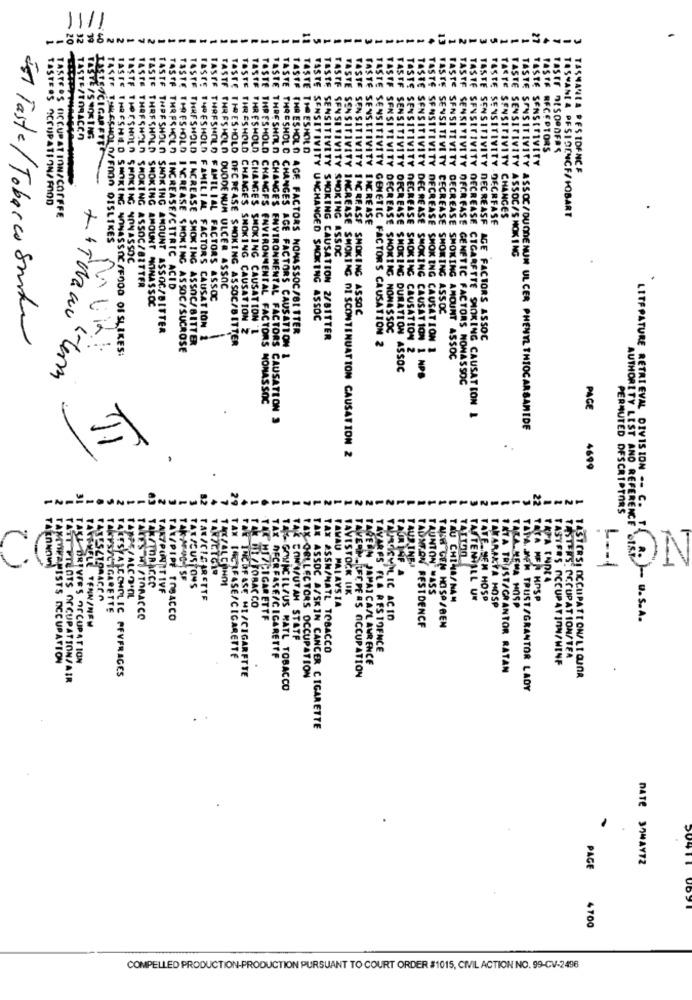
11/1
TASTE/TOBACCO
RECEPTO
HOESHOLD
SENSITIVITY
SENSITIVITY
SSMANLA RESIDENCE
TASTERS OCCUPATION/ FOOD
ISWANIA PFSIDENCF/HOBART
TASTERS HICCUPAT INN/COFFFE
SENSITIVITY DECRFASE
CHANGES
REASE
HOESHOLD SMOKING InYASSDE
ASSOC
SENSITIVITY ASSOC/SMOKING
THRESHOLD SMOKING ASSOC/BITTER
HRFSHCLO INCREASE/CITRIC ACID
DUODENUM ULCER ASSOC
THRESHOLD SMOKING AMOUNT MINASSOC
FSHOLD FAMILIAL FACTORS ASSOC
SMOKING ASSOC
+ + Torano
HANGED SMOKING ASSOC
SENSITIVITY CECREASE SMOKING ASSOC
THRESHOLD SMOKING AMOUNT ASSOC/BITTER
CHANGES SMOKING CAUSATION Z
LD CHANGES SMOKING CAUSATION 'L
E FACTORS NONASSOC/BL TTER
DECREASE SMOKING NOWASSOC
Est Taste/Tobacco Santa
FAMILIAL FACTORS CAUSATION 1
OLD OFCREASE SMOKING ASSOC/BITTER
NG CAUSATION 2/81TTER
GENETIC FACTORS CAUSATION 2
SENSITIVITY DECREASE AGE FACTORS ASSOC
TASTE THRESHOLD/FROM DISLIKES RALia !.
HRESHED SMOKING NONASSOC/FOOD OF SLIKES:
MRESHOLD INCREASE SMOKING ASSOC/SUCROSE
THRESHOLD INCREASE SMOKING ASSOC/BITTER
CHANGES AGE FACTORS CAUSATION
VITY DECREASE SMOKING CAUSATION 1
DECREASE SMOKING CAUSATION 2
SENSITIVITY DECREASE SMOKING AMOUNT ASSOC
term
OFCREASE SMOKING DURATION ASSOC
TY DECREASE SMOKING CAUSATION 1 NPS
SENSITIVITY DECREASE GENETIC FACTORS NONASSOC
CHANGES ENVIRONMENTAL FACTORS NONASSOC
PAGE
LO CHANGES ENVIRONMENTAL FACTORS CAUSATION .
SENSITIVITY DECREASE CIGARETTE SINKING CAUSATION I
TE SENSITIVITY ASSOC/DUODENUM UL CER PHENYL THIOCARSAMIDE
,
SE SMOKING DI SCONTINUATION CAUSATION 2
4699
31
PUN ---------
5
1
2
3
PERMUTED DESCRIPTORS
LITERATURE RETRIEVAL DIVISION -- C. R.
C
TAUR IAF
TAURINE.J
TATTOO
L -- 1
TAK/TOBACCO
TAKYPOSITIVE
TAXICUSTOMS
TAUNTON MASS
TAPA INDIA
TAXESCTORACCO
TARPE/ALCOOL
TAK/CIGARETTE
TAVISTOCK LIK
TAU CHINA/NAN
TASTENTILL UN
TATE .. SEM HOSO
TATA MER HOSP
TAKKYSSCIGARETTE
TAK DIE /TOBAC CO
FAMAU MALAYSIA
TAKARAKYA HOSP
TARA.HEMA HOSP
TAKES HISTORACCO
TAR/PIPE TOBACCO
TAK HI 7CIGAR ETTE
FAPRACYML IC ACID
AUTHORITY LIST AND REFERENCE OFF - U.S.A.
TAVSHELL TENN/NEW
TAUNTON PESTDENCF
TAR GEN HOSP/BEN
TAX CON IFUTAH STATE
TAX &SSN/NATL TOBACCO
TAVARES FLA RESTOFNCE
TAKEKANISTS OCCUPATION
TAKL DREVFES OCCUPATION
TAN INCRFASE/CIGARETTE
TAX DECREASE/CIGARETTE
TAGERN JAMAICASLAWRENCE
TASTERS OCCUPATION/WINF
TASTERS. OCCUPATION/TEA
TAKESYALCOHOLIC PEVFRAGES
TAVERN.RFCPERS OCCUPATION
1 ATA TRIST/GRANTOR RATAN
TATT PILOTS OCCUPATION/AIR
FAR INCOFASE MI/CIGARETTE
AX COLLECTORS OCCUPATION
14ST CRS) OCCUPATION/LI QUOR
14%- GAVRCILAUS KATL TOBACCO
TAPA JEN TRUST/GRANTOR LADY
TAX ASSOC A/SKIN CANCER CIGARETTE
DATE 3OMAYTZ
PAGE
4700
COMPELLED PRODUCTION-PRODUCTION PURSUANT TO COURT ORDER #1015, CIVIL ACTION NO. 99-CV-2496